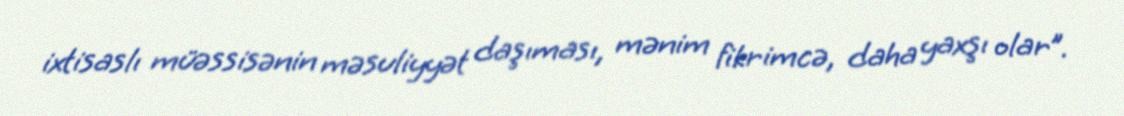
ixtisaslı müəssisənin məsuliyyət daşıması, mənim fikrimcə, daha yaxşı olar”.